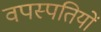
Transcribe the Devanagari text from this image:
वपस्पतियों